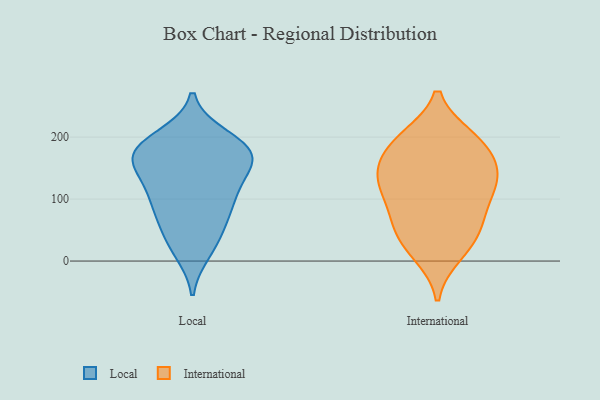
{"axis": {"x": "Customer Acquisition Cost (USD)", "y": "Value"}, "legend": ["International", "Local"], "data": [{"x": "", "y": 16, "type": "Local"}, {"x": "", "y": 76, "type": "Local"}, {"x": "", "y": 91, "type": "Local"}, {"x": "", "y": 168, "type": "Local"}, {"x": "", "y": 116, "type": "Local"}, {"x": "", "y": 191, "type": "Local"}, {"x": "", "y": 163, "type": "Local"}, {"x": "", "y": 168, "type": "Local"}, {"x": "", "y": 179, "type": "Local"}, {"x": "", "y": 87, "type": "Local"}, {"x": "", "y": 119, "type": "Local"}, {"x": "", "y": 183, "type": "Local"}, {"x": "", "y": 49, "type": "Local"}, {"x": "", "y": 28, "type": "Local"}, {"x": "", "y": 139, "type": "Local"}, {"x": "", "y": 200, "type": "Local"}, {"x": "", "y": 165, "type": "Local"}, {"x": "", "y": 87, "type": "International"}, {"x": "", "y": 11, "type": "International"}, {"x": "", "y": 196, "type": "International"}, {"x": "", "y": 49, "type": "International"}, {"x": "", "y": 128, "type": "International"}, {"x": "", "y": 132, "type": "International"}, {"x": "", "y": 147, "type": "International"}, {"x": "", "y": 196, "type": "International"}, {"x": "", "y": 199, "type": "International"}, {"x": "", "y": 19, "type": "International"}, {"x": "", "y": 148, "type": "International"}, {"x": "", "y": 111, "type": "International"}, {"x": "", "y": 151, "type": "International"}, {"x": "", "y": 101, "type": "International"}, {"x": "", "y": 54, "type": "International"}, {"x": "", "y": 55, "type": "International"}, {"x": "", "y": 184, "type": "International"}]}